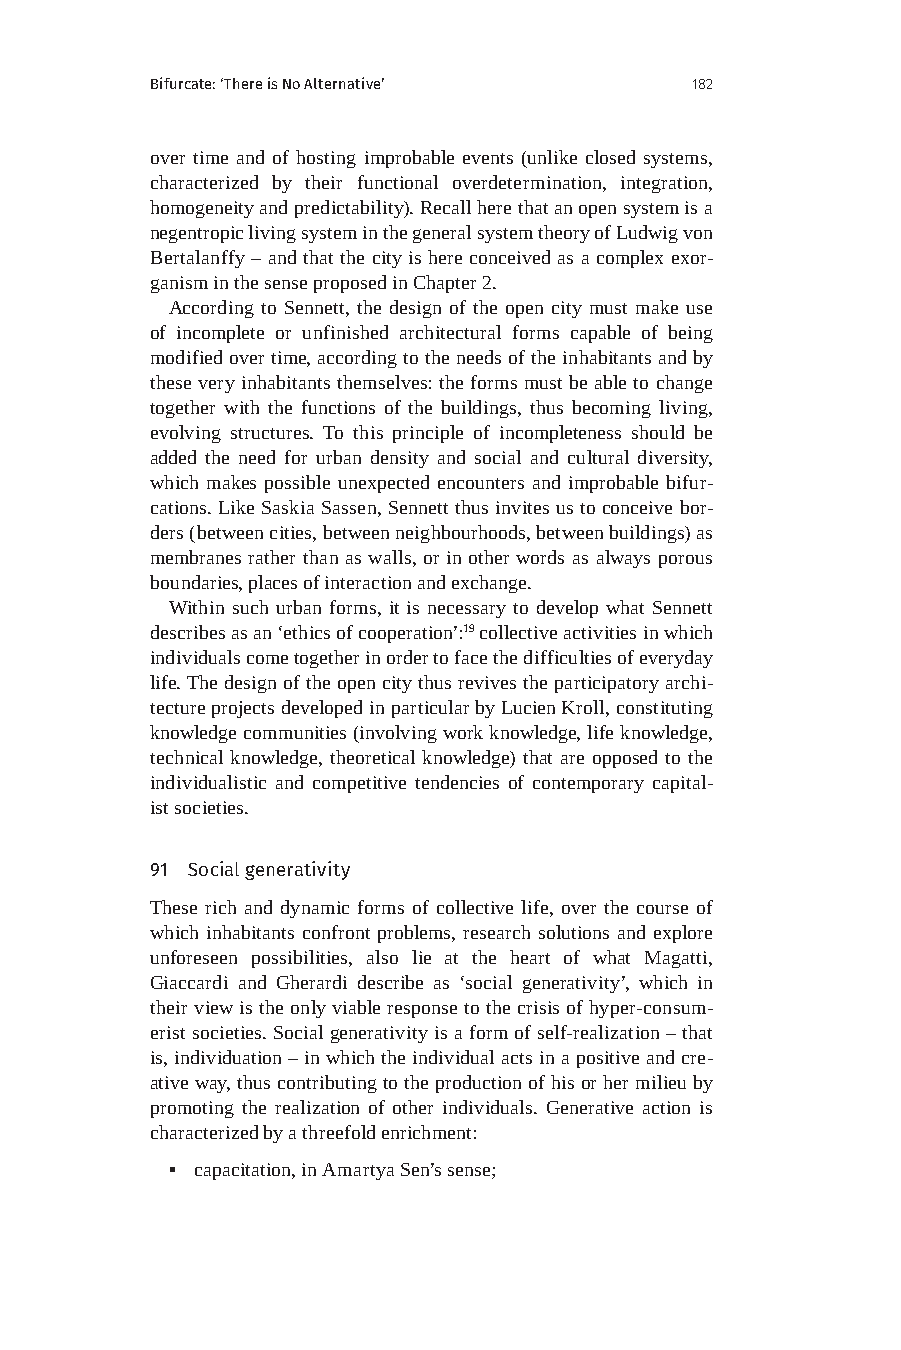
Bifurcate: ‘There is No Alternative’ 182
 over time and of hosting improbable events (unlike closed systems,
 characterized by their functional overdetermination, integration,
 homogeneity and predictability). Recall here that an open system is a
 negentropic living system in the general system theory of Ludwig von
 Bertalanffy – and that the city is here conceived as a complex exor-
 ganism in the sense proposed in Chapter 2.
 According to Sennett, the design of the open city must make use
 of incomplete or unfinished architectural forms capable of being
 modified over time, according to the needs of the inhabitants and by
 these very inhabitants themselves: the forms must be able to change
 together with the functions of the buildings, thus becoming living,
 evolving structures. To this principle of incompleteness should be
 added the need for urban density and social and cultural diversity,
 which makes possible unexpected encounters and improbable bifur-
 cations. Like Saskia Sassen, Sennett thus invites us to conceive bor-
 ders (between cities, between neighbourhoods, between buildings) as
 membranes rather than as walls, or in other words as always porous
 boundaries, places of interaction and exchange.
 Within such urban forms, it is necessary to develop what Sennett
 describes as an ‘ethics of cooperation’:19 collective activities in which
 individuals come together in order to face the difficulties of everyday
 life. The design of the open city thus revives the participatory archi-
 tecture projects developed in particular by Lucien Kroll, constituting
 knowledge communities (involving work knowledge, life knowledge,
 technical knowledge, theoretical knowledge) that are opposed to the
 individualistic and competitive tendencies of contemporary capital-
 ist societies.
 91 Social generativity
 These rich and dynamic forms of collective life, over the course of
 which inhabitants confront problems, research solutions and explore
 unforeseen possibilities, also lie at the heart of what Magatti,
 Giaccardi and Gherardi describe as ‘social generativity’, which in
 their view is the only viable response to the crisis of hyper-consum-
 erist societies. Social generativity is a form of self-realization – that
 is, individuation – in which the individual acts in a positive and cre-
 ative way, thus contributing to the production of his or her milieu by
 promoting the realization of other individuals. Generative action is
 characterized by a threefold enrichment:
 ▪ capacitation, in Amartya Sen’s sense;